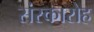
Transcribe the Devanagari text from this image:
संस्कारोह